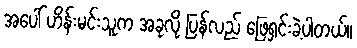
အပေါ် ဟိန်းမင်းသူက အခုလို ပြန်လည် ဖြေရှင်းခဲ့ပါတယ်။